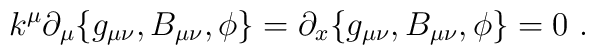
k^\mu\partial_\mu \{g_{\mu\nu}, B_{\mu\nu}, \phi\}= \partial_x \{g_{\mu\nu}, B_{\mu\nu}, \phi\} = 0\ .